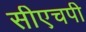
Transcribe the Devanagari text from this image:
सीएचपी